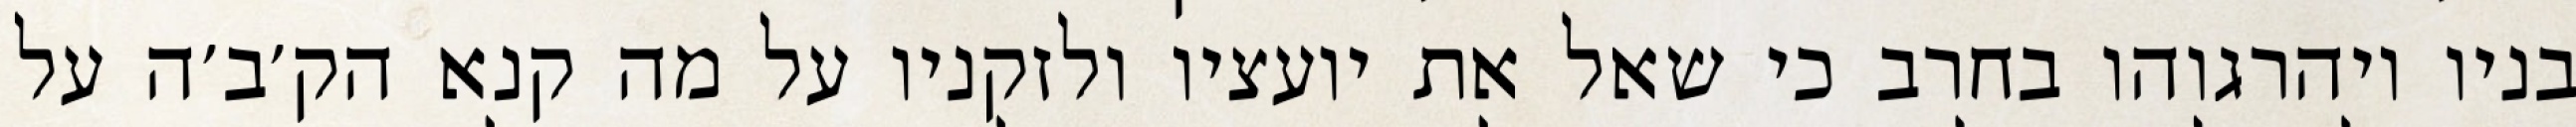
בניו ויהרגוהו בחרב כי שאל את יועציו ולזקניו על מה קנא הק׳ב׳ה על